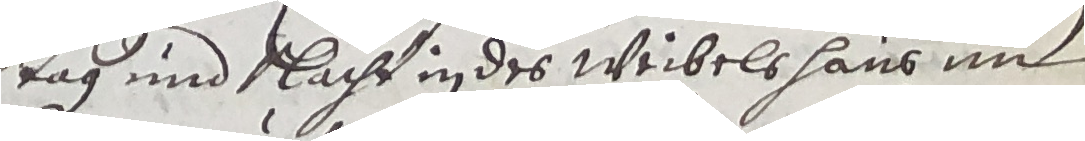
tag und sacht in des weibels hans und